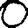
Digit: 0